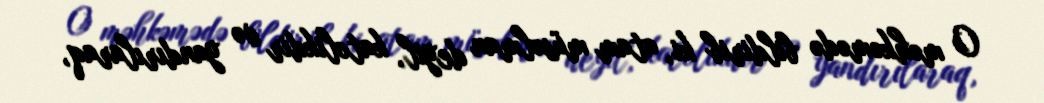
O məhkəmədə bildirib ki, atam müsəlman deyil, katolikdir və yandırılaraq,